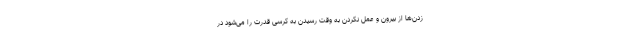
زدن‌ها از بیرون و عمل نکردن به وقت رسیدن به کرسی قدرت را می‌شود در